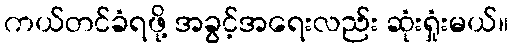
ကယ်တင်ခံရဖို့ အခွင့်အရေးလည်း ဆုံးရှုံးမယ်။